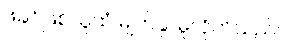
ဖခင်ဖြစ်သူထံ မျက်နှာမူလိုက်သည်။